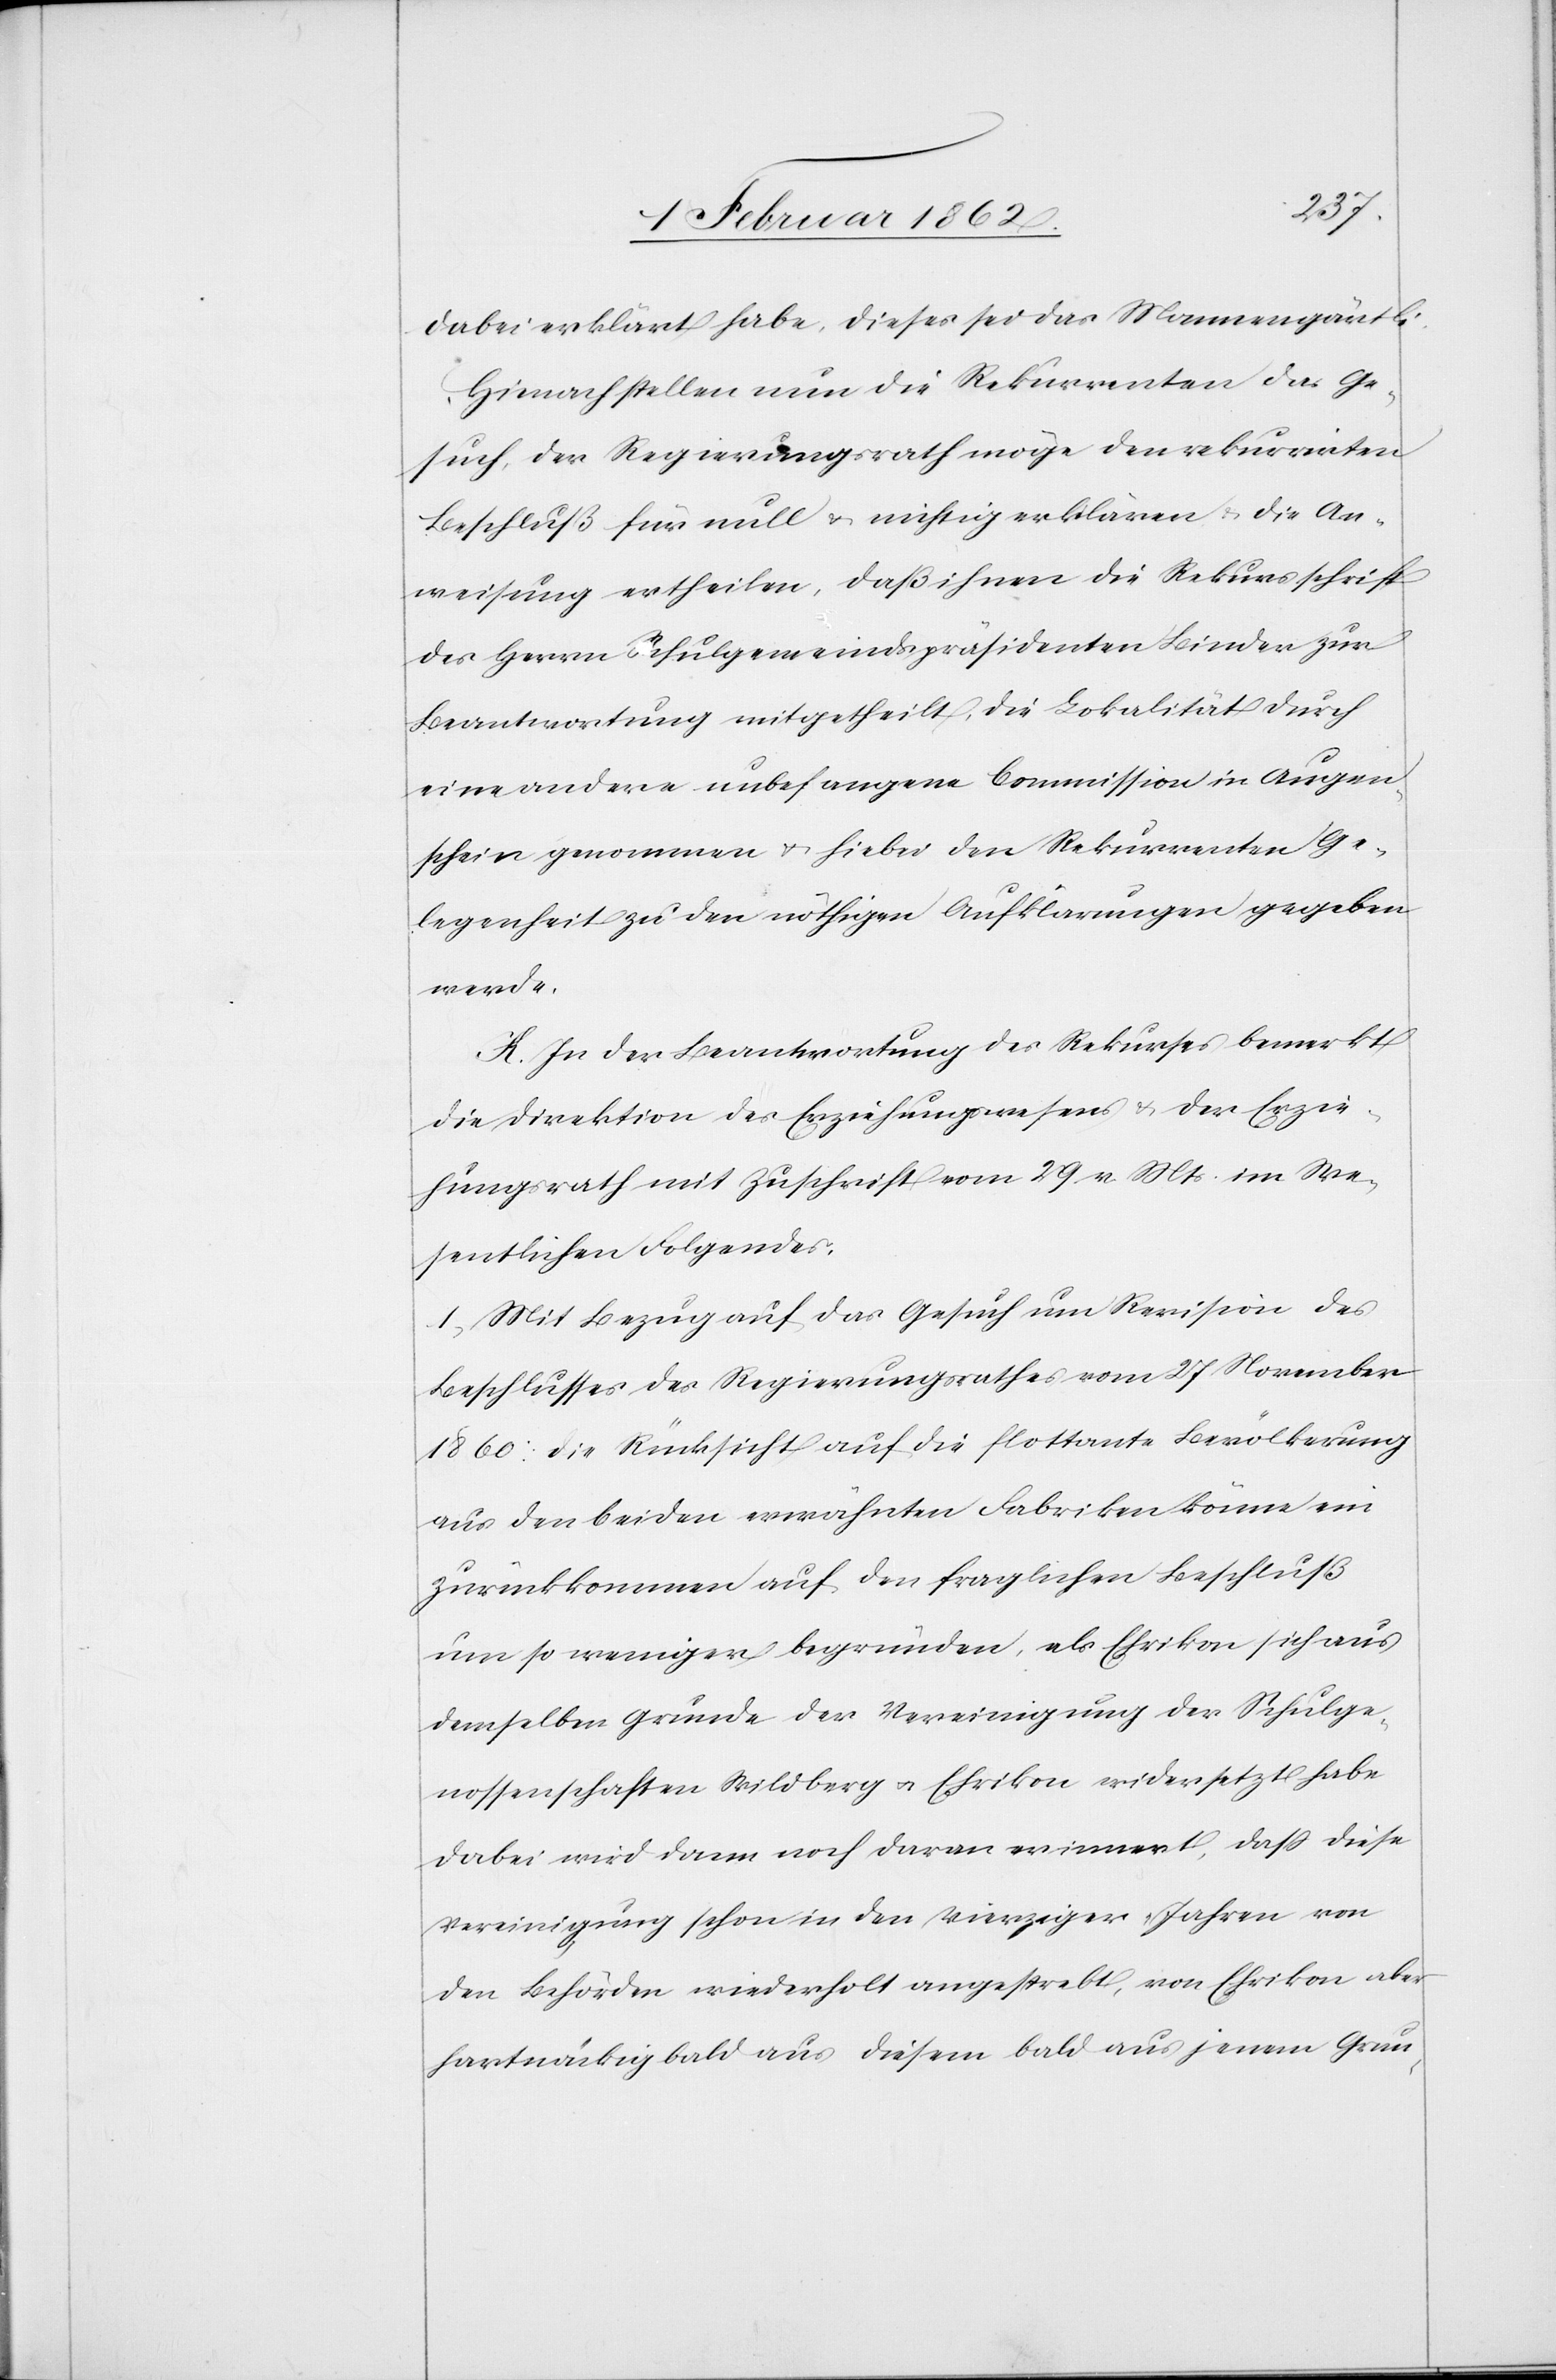
dabei erklärt habe, dieses sei das Mannengärtli.
Hienach stellen nun die Rekurrenten das Ge¬
such, der Regierungsrath möge den rekurrirten
Beschluß für null & nichtig erklären u. die An¬
weisung ertheilen, daß ihnen die Rekursschrift
des Herrn Schulgemeindspräsidenten Binder zur
Beantwortung mitgetheilt, die Lokalität durch
eine andere unbefangene Commission in Augen¬
schein genommen u. hiebei den Rekurrenten Ge¬
legenheit zu den nöthigen Aufklärungen gegeben
werde.
K. In der Beantwortung des Rekurses bemerkt
die Direktion des Erziehungswesens & der Erzie¬
hungsrath mit Zuschrift vom 29 v Mts. im We¬
sentlichen Folgendes:
1) Mit Bezug auf das Gesuch um Revision des
Beschlusses des Regierungsrathes vom 27 November
1860: Die Rücksicht auf die flottante Bevölkerung
aus den beiden erwähnten Fabriken könne ein
Zurückkommen auf den fraglichen Beschluß
um so weniger begründen, als Ehrikon sich aus
demselben Grunde der Vereinigung der Schulge¬
nossenschaften Wildberg u. Ehrikon wiedersetzt habe[.]
Dabei wird dann noch daran erinnert, daß diese
Vereinigung schon in den Vierziger Jahren von
den Behörden wiederholt angestrebt, von Ehrikon aber
hartnäckig bald aus diesem bald aus jenem Grun-